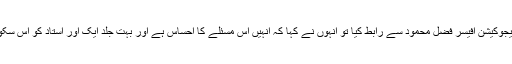
اسی حوالے جب ایجنسی ایجوکیشن افیسر فضل محمود سے رابط کیا تو انہوں نے کہا کہ انہیں اس مسئلے کا احساس ہے اور بہت جلد ایک اور استاد کو اس سکول کے لئے بیھجا جائیگا۔